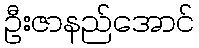
ဦးဇာနည်အောင်